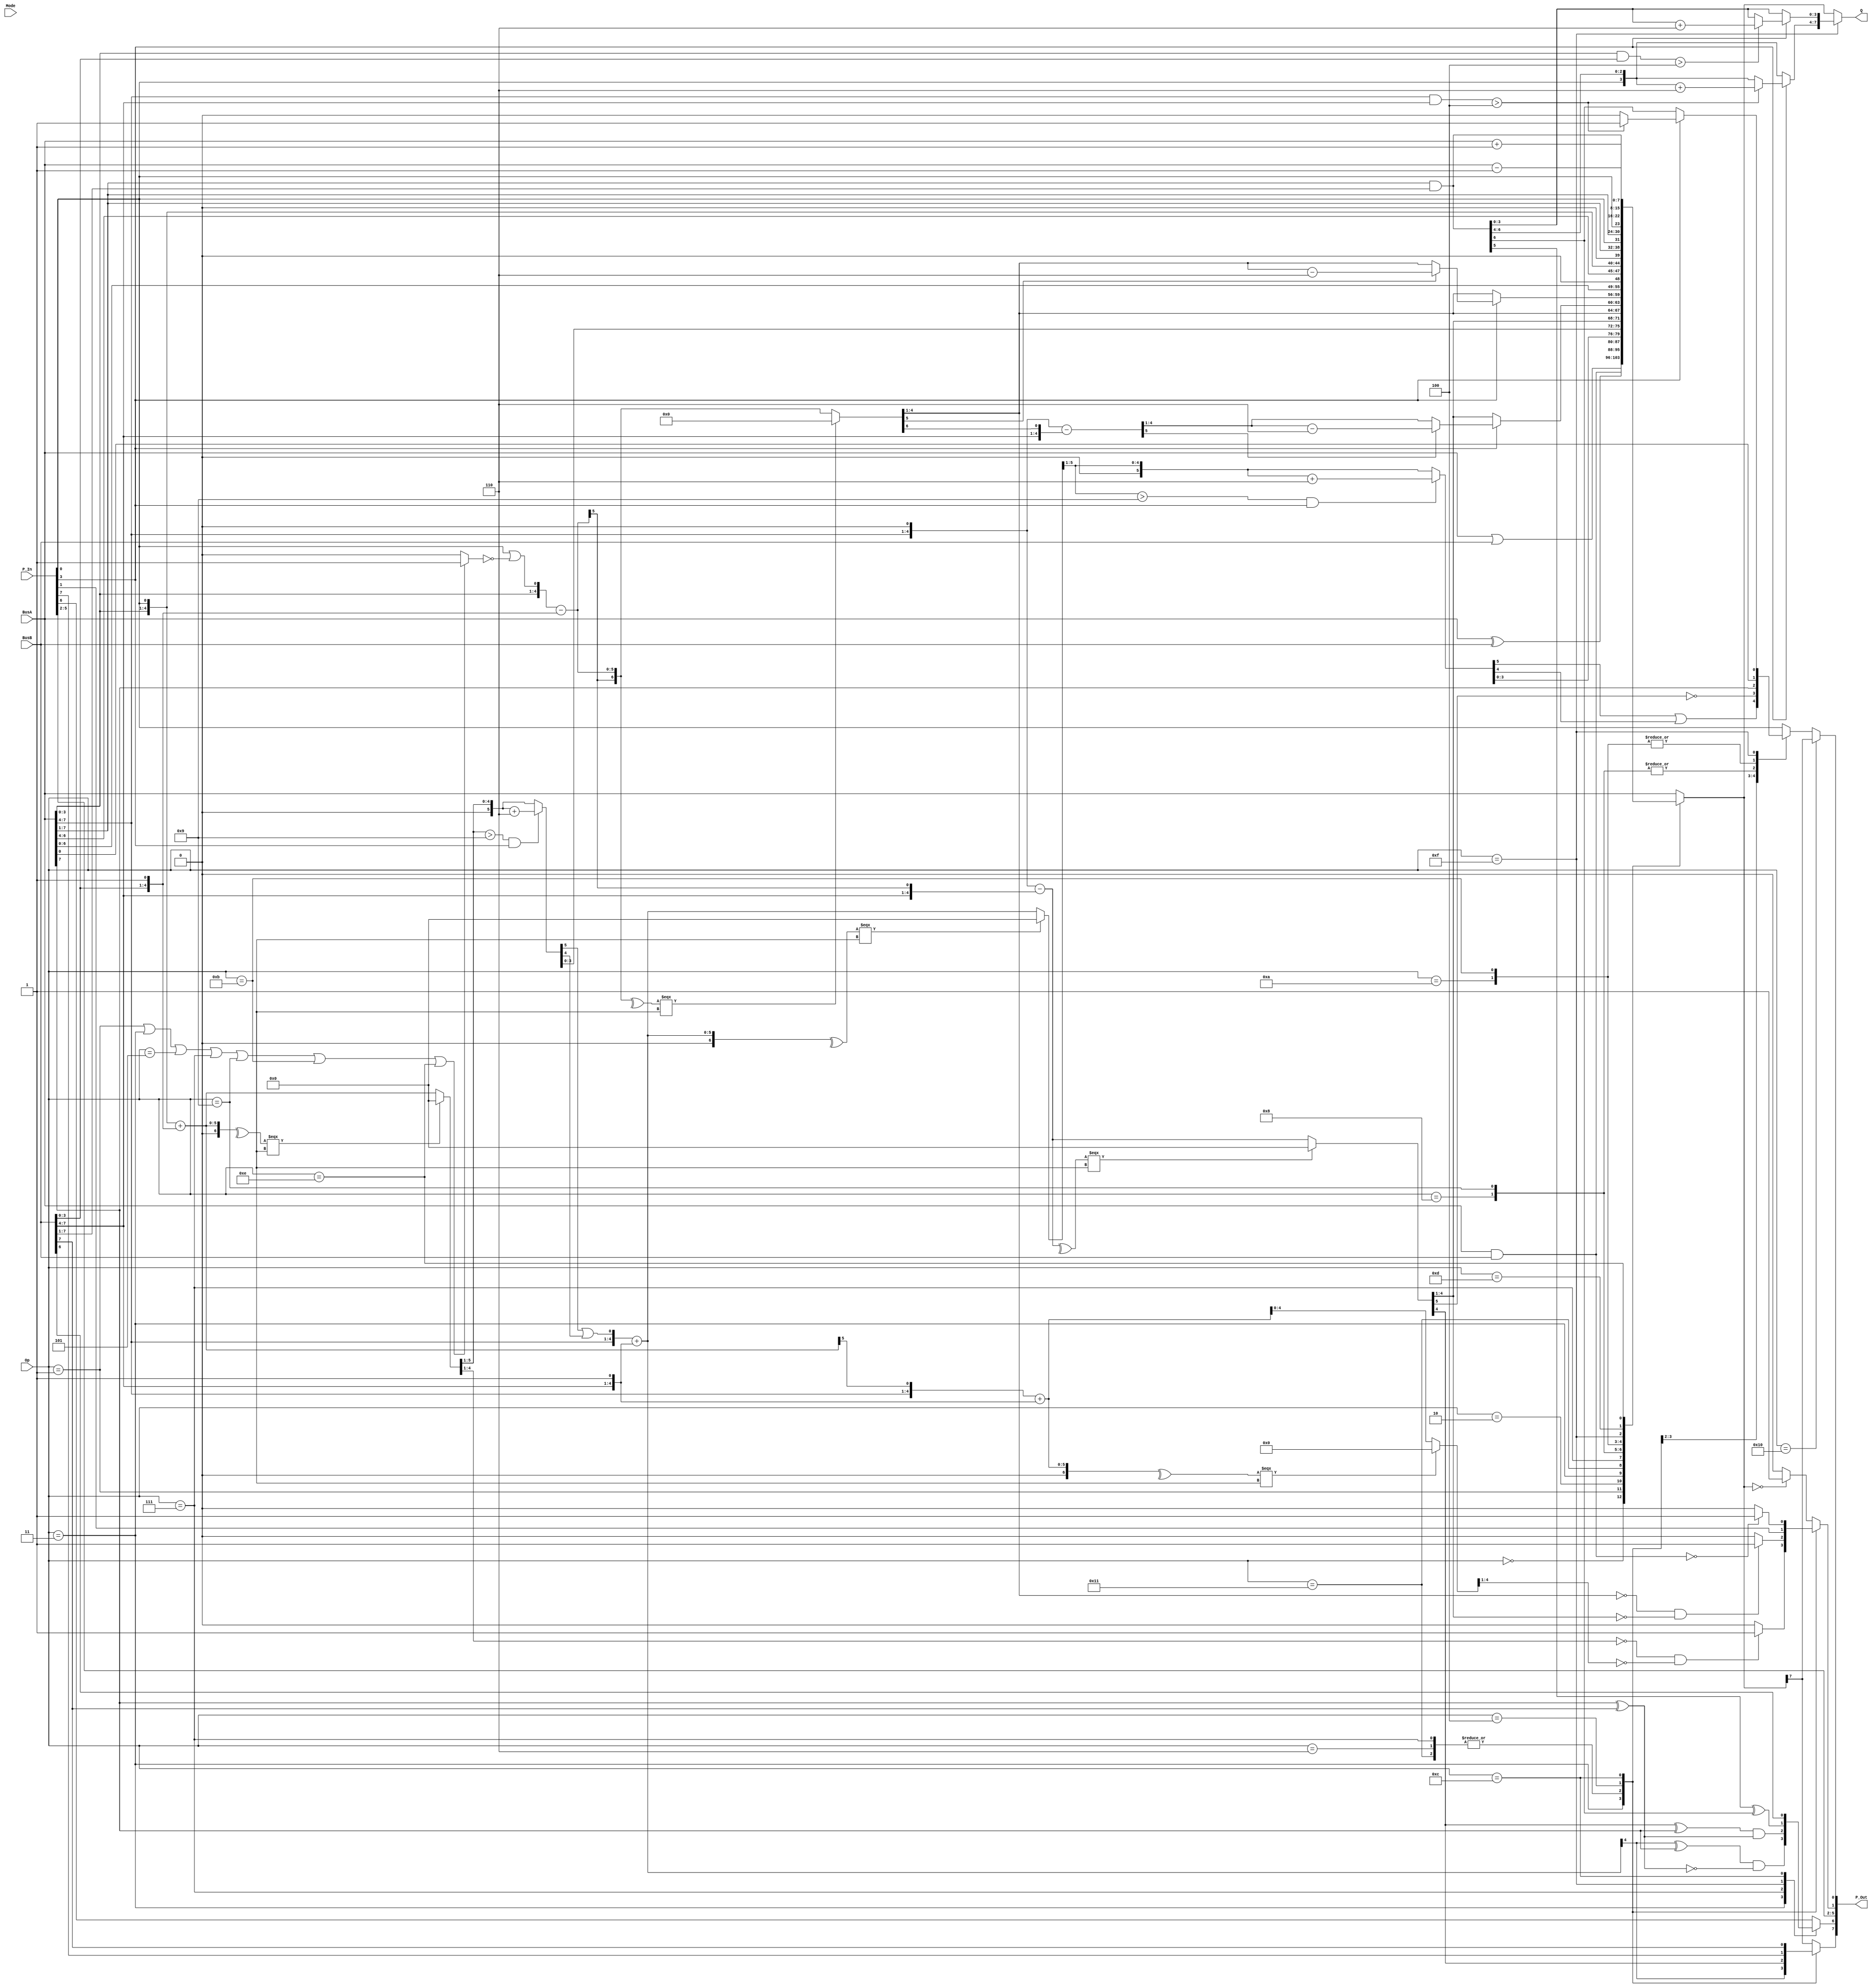
// ****
// T65(b) core. In an effort to merge and maintain bug fixes ....
//
// See list of changes in T65 top file (T65.vhd)...
//
// ****
// 65xx compatible microprocessor core
//
// FPGAARCADE SVN: $Id: T65_ALU.vhd 1234 2015-02-28 20:14:50Z wolfgang.scherr $
//
// Copyright (c) 2002...2015
//               Daniel Wallner (jesus <at> opencores <dot> org)
//               Mike Johnson   (mikej <at> fpgaarcade <dot> com)
//               Wolfgang Scherr (WoS <at> pin4 <dot> at>
//               Morten Leikvoll ()
//
// All rights reserved
//
// Redistribution and use in source and synthezised forms, with or without
// modification, are permitted provided that the following conditions are met:
//
// Redistributions of source code must retain the above copyright notice,
// this list of conditions and the following disclaimer.
//
// Redistributions in synthesized form must reproduce the above copyright
// notice, this list of conditions and the following disclaimer in the
// documentation and/or other materials provided with the distribution.
//
// Neither the name of the author nor the names of other contributors may
// be used to endorse or promote products derived from this software without
// specific prior written permission.
//
// THIS SOFTWARE IS PROVIDED BY THE COPYRIGHT HOLDERS AND CONTRIBUTORS "AS IS"
// AND ANY EXPRESS OR IMPLIED WARRANTIES, INCLUDING, BUT NOT LIMITED TO,
// THE IMPLIED WARRANTIES OF MERCHANTABILITY AND FITNESS FOR A PARTICULAR
// PURPOSE ARE DISCLAIMED. IN NO EVENT SHALL THE AUTHOR OR CONTRIBUTORS BE
// LIABLE FOR ANY DIRECT, INDIRECT, INCIDENTAL, SPECIAL, EXEMPLARY, OR
// CONSEQUENTIAL DAMAGES (INCLUDING, BUT NOT LIMITED TO, PROCUREMENT OF
// SUBSTITUTE GOODS OR SERVICES; LOSS OF USE, DATA, OR PROFITS; OR BUSINESS
// INTERRUPTION) HOWEVER CAUSED AND ON ANY THEORY OF LIABILITY, WHETHER IN
// CONTRACT, STRICT LIABILITY, OR TORT (INCLUDING NEGLIGENCE OR OTHERWISE)
// ARISING IN ANY WAY OUT OF THE USE OF THIS SOFTWARE, EVEN IF ADVISED OF THE
// POSSIBILITY OF SUCH DAMAGE.
//
// Please report bugs to the author(s), but before you do so, please
// make sure that this is not a derivative work and that
// you have the latest version of this file.
//
// Limitations :
//   See in T65 top file (T65.vhd)...

module T65_ALU(
    Mode,
    Op,
    BusA,
    BusB,
    P_In,
    P_Out,
    Q
);
    // begin code from package t65_pack
    
    
    
    
    parameter        Flag_C = 0;
    parameter        Flag_Z = 1;
    parameter        Flag_I = 2;
    parameter        Flag_D = 3;
    parameter        Flag_B = 4;
    parameter        Flag_1 = 5;
    parameter        Flag_V = 6;
    parameter        Flag_N = 7;
    
    parameter [2:0]  Cycle_sync = 3'b000;
    parameter [2:0]  Cycle_1 = 3'b001;
    parameter [2:0]  Cycle_2 = 3'b010;
    parameter [2:0]  Cycle_3 = 3'b011;
    parameter [2:0]  Cycle_4 = 3'b100;
    parameter [2:0]  Cycle_5 = 3'b101;
    parameter [2:0]  Cycle_6 = 3'b110;
    parameter [2:0]  Cycle_7 = 3'b111;
    
    parameter [3:0]  T_Set_BusA_To_Set_BusA_To_DI = 0,
                     T_Set_BusA_To_Set_BusA_To_ABC = 1,
                     T_Set_BusA_To_Set_BusA_To_X = 2,
                     T_Set_BusA_To_Set_BusA_To_Y = 3,
                     T_Set_BusA_To_Set_BusA_To_S = 4,
                     T_Set_BusA_To_Set_BusA_To_P = 5,
                     T_Set_BusA_To_Set_BusA_To_DA = 6,
                     T_Set_BusA_To_Set_BusA_To_DAO = 7,
                     T_Set_BusA_To_Set_BusA_To_DAX = 8,
                     T_Set_BusA_To_Set_BusA_To_AAX = 9,
                     T_Set_BusA_To_Set_BusA_To_DONTCARE = 10;
    
    parameter [1:0]  T_Set_Addr_To_Set_Addr_To_PBR = 0,
                     T_Set_Addr_To_Set_Addr_To_SP = 1,
                     T_Set_Addr_To_Set_Addr_To_ZPG = 2,
                     T_Set_Addr_To_Set_Addr_To_BA = 3;
    
    parameter [3:0]  T_Write_Data_Write_Data_DL = 0,
                     T_Write_Data_Write_Data_ABC = 1,
                     T_Write_Data_Write_Data_X = 2,
                     T_Write_Data_Write_Data_Y = 3,
                     T_Write_Data_Write_Data_S = 4,
                     T_Write_Data_Write_Data_P = 5,
                     T_Write_Data_Write_Data_PCL = 6,
                     T_Write_Data_Write_Data_PCH = 7,
                     T_Write_Data_Write_Data_AX = 8,
                     T_Write_Data_Write_Data_AXB = 9,
                     T_Write_Data_Write_Data_XB = 10,
                     T_Write_Data_Write_Data_YB = 11,
                     T_Write_Data_Write_Data_DONTCARE = 12;
    
    parameter [4:0]  T_ALU_OP_ALU_OP_OR = 0,
                     T_ALU_OP_ALU_OP_AND = 1,
                     T_ALU_OP_ALU_OP_EOR = 2,
                     T_ALU_OP_ALU_OP_ADC = 3,
                     T_ALU_OP_ALU_OP_EQ1 = 4,
                     T_ALU_OP_ALU_OP_EQ2 = 5,
                     T_ALU_OP_ALU_OP_CMP = 6,
                     T_ALU_OP_ALU_OP_SBC = 7,
                     T_ALU_OP_ALU_OP_ASL = 8,
                     T_ALU_OP_ALU_OP_ROL = 9,
                     T_ALU_OP_ALU_OP_LSR = 10,
                     T_ALU_OP_ALU_OP_ROR = 11,
                     T_ALU_OP_ALU_OP_BIT = 12,
                     T_ALU_OP_ALU_OP_DEC = 13,
                     T_ALU_OP_ALU_OP_INC = 14,
                     T_ALU_OP_ALU_OP_ARR = 15,
                     T_ALU_OP_ALU_OP_ANC = 16,
                     T_ALU_OP_ALU_OP_SAX = 17,
                     T_ALU_OP_ALU_OP_XAA = 18;
    
    
    function [2:0] CycleNext;
       input [2:0]      c;
    begin
       case (c)
          Cycle_sync :
             CycleNext = Cycle_1;
          Cycle_1 :
             CycleNext = Cycle_2;
          Cycle_2 :
             CycleNext = Cycle_3;
          Cycle_3 :
             CycleNext = Cycle_4;
          Cycle_4 :
             CycleNext = Cycle_5;
          Cycle_5 :
             CycleNext = Cycle_6;
          Cycle_6 :
             CycleNext = Cycle_7;
          Cycle_7 :
             CycleNext = Cycle_sync;
          default :
             CycleNext = Cycle_sync;
       endcase
    end
    endfunction
    
    // end code from package t65_pack
    input [1:0]      Mode;		// "00" => 6502, "01" => 65C02, "10" => 65816
    input [4:0]      Op;
    input [7:0]      BusA;
    input [7:0]      BusB;
    input [7:0]      P_In;
    output reg [7:0] P_Out;
    output reg [7:0] Q;
    
    
    // AddSub variables (temporary signals)
    reg              ADC_Z;
    reg              ADC_C;
    reg              ADC_V;
    reg              ADC_N;
    reg [7:0]        ADC_Q;
    reg              SBC_Z;
    reg              SBC_C;
    reg              SBC_V;
    reg              SBC_N;
    reg [7:0]        SBC_Q;
    reg [7:0]        SBX_Q;
    
    
    always @(*)
    begin: xhdl0
        reg [6:0]        AL;
        reg [6:0]        AH;
        reg              C;
        AL = {BusA[3:0], P_In[Flag_C]} + {BusB[3:0], 1'b1};
        AH = {BusA[7:4], AL[5]} + {BusB[7:4], 1'b1};
        
        // pragma translate_off
        //if (is_x(AL))
	if (^AL === 1'bx)
            AL = 7'b0000000;
	if (^AH === 1'bx)
        //if (is_x(AH))
            AH = 7'b0000000;
        // pragma translate_on
        
        if (AL[4:1] == 0 & AH[4:1] == 0)
            ADC_Z = 1'b1;
        else
            ADC_Z = 1'b0;
        
        if (AL[5:1] > 9 & P_In[Flag_D] == 1'b1)
            AL[6:1] = AL[6:1] + 6;
        
        C = AL[6] | AL[5];
        AH = {BusA[7:4], C} + {BusB[7:4], 1'b1};
        
        ADC_N = AH[4];
        ADC_V = (AH[4] ^ BusA[7]) & (~(BusA[7] ^ BusB[7]));
        
        // pragma translate_off
        //if (is_x(AH))
	if (^AH === 1'bx)
            AH = 7'b0000000;
        // pragma translate_on
        
        if (AH[5:1] > 9 & P_In[Flag_D] == 1'b1)
            AH[6:1] = AH[6:1] + 6;
        
        ADC_C = AH[6] | AH[5];
        
        ADC_Q = ({AH[4:1], AL[4:1]});
    end
    
    
    always @(*)
    begin: xhdl1
        reg [6:0]        AL;
        reg [5:0]        AH;
        reg              C;
        reg              CT;
        CT = 1'b0;
        //"0001" These OpCodes used to have LSB set
        //"0011"
        //"0101"
        //"0111"
        //"1001"
        //"1011"
        //         Op=ALU_OP_EQ3 or	--"1101"
        if (Op == T_ALU_OP_ALU_OP_AND | Op == T_ALU_OP_ALU_OP_ADC | Op == T_ALU_OP_ALU_OP_EQ2 | Op == T_ALU_OP_ALU_OP_SBC | Op == T_ALU_OP_ALU_OP_ROL | Op == T_ALU_OP_ALU_OP_ROR | Op == T_ALU_OP_ALU_OP_INC)		//"1111"
            CT = 1'b1;
        
        C = P_In[Flag_C] | (~CT);		//was: or not Op(0);
        AL = {BusA[3:0], C} - {BusB[3:0], 1'b1};
        AH = {BusA[7:4], 1'b0} - {BusB[7:4], AL[5]};
        
        // pragma translate_off
	if (^AL === 1'bx)
        //if (is_x(AL))
            AL = 7'b0000000;
	if (^AH === 1'bx)
        //if (is_x(AH))
            AH = 6'b000000;
        // pragma translate_on
        
        if (AL[4:1] == 0 & AH[4:1] == 0)
            SBC_Z = 1'b1;
        else
            SBC_Z = 1'b0;
        
        SBC_C = (~AH[5]);
        SBC_V = (AH[4] ^ BusA[7]) & (BusA[7] ^ BusB[7]);
        SBC_N = AH[4];
        
        SBX_Q = ({AH[4:1], AL[4:1]});
        
        if (P_In[Flag_D] == 1'b1)
        begin
            if (AL[5] == 1'b1)
                AL[5:1] = AL[5:1] - 6;
            AH = {BusA[7:4], 1'b0} - {BusB[7:4], AL[6]};
            if (AH[5] == 1'b1)
                AH[5:1] = AH[5:1] - 6;
        end
        
        SBC_Q = ({AH[4:1], AL[4:1]});
    end
    
    
    always @(*)
    begin: xhdl2
        reg [7:0]        Q_t;
        reg [7:0]        Q2_t;
        // ORA, AND, EOR, ADC, NOP, LD, CMP, SBC
        // ASL, ROL, LSR, ROR, BIT, LD, DEC, INC
        P_Out = P_In;
        Q_t = BusA;
        Q2_t = BusA;
        case (Op)
            T_ALU_OP_ALU_OP_OR :
                Q_t = BusA | BusB;
            T_ALU_OP_ALU_OP_AND :
                Q_t = BusA & BusB;
            T_ALU_OP_ALU_OP_EOR :
                Q_t = BusA ^ BusB;
            T_ALU_OP_ALU_OP_ADC :
                begin
                    P_Out[Flag_V] = ADC_V;
                    P_Out[Flag_C] = ADC_C;
                    Q_t = ADC_Q;
                end
            T_ALU_OP_ALU_OP_CMP :
                P_Out[Flag_C] = SBC_C;
            T_ALU_OP_ALU_OP_SAX :
                begin
                    P_Out[Flag_C] = SBC_C;
                    Q_t = SBX_Q;		// undoc: subtract (A & X) - (immediate)
                end
            T_ALU_OP_ALU_OP_SBC :
                begin
                    P_Out[Flag_V] = SBC_V;
                    P_Out[Flag_C] = SBC_C;
                    Q_t = SBC_Q;		// undoc: subtract  (A & X) - (immediate), then decimal correction
                end
            T_ALU_OP_ALU_OP_ASL :
                begin
                    Q_t = {BusA[6:0], 1'b0};
                    P_Out[Flag_C] = BusA[7];
                end
            T_ALU_OP_ALU_OP_ROL :
                begin
                    Q_t = {BusA[6:0], P_In[Flag_C]};
                    P_Out[Flag_C] = BusA[7];
                end
            T_ALU_OP_ALU_OP_LSR :
                begin
                    Q_t = {1'b0, BusA[7:1]};
                    P_Out[Flag_C] = BusA[0];
                end
            T_ALU_OP_ALU_OP_ROR :
                begin
                    Q_t = {P_In[Flag_C], BusA[7:1]};
                    P_Out[Flag_C] = BusA[0];
                end
            T_ALU_OP_ALU_OP_ARR :
                begin
                    Q_t = {P_In[Flag_C], (BusA[7:1] & BusB[7:1])};
                    P_Out[Flag_V] = Q_t[5] ^ Q_t[6];
                    Q2_t = Q_t;
                    if (P_In[Flag_D] == 1'b1)
                    begin
                        if ((BusA[3:0] & BusB[3:0]) > 4'b0100)
                            Q2_t[3:0] = ((Q_t[3:0]) + 4'h6);
                        if ((BusA[7:4] & BusB[7:4]) > 4'b0100)
                        begin
                            Q2_t[7:4] = ((Q_t[7:4]) + 4'h6);
                            P_Out[Flag_C] = 1'b1;
                        end
                        else
                            P_Out[Flag_C] = 1'b0;
                    end
                    else
                        P_Out[Flag_C] = Q_t[6];
                end
            T_ALU_OP_ALU_OP_BIT :
                P_Out[Flag_V] = BusB[6];
            T_ALU_OP_ALU_OP_DEC :
                Q_t = (BusA - 1);
            T_ALU_OP_ALU_OP_INC :
                Q_t = (BusA + 1);
            default :
                ;
        endcase
        //EQ1,EQ2,EQ3 passes BusA to Q_t and P_in to P_out
        
        case (Op)
            T_ALU_OP_ALU_OP_ADC :
                begin
                    P_Out[Flag_N] = ADC_N;
                    P_Out[Flag_Z] = ADC_Z;
                end
            T_ALU_OP_ALU_OP_CMP, T_ALU_OP_ALU_OP_SBC, T_ALU_OP_ALU_OP_SAX :
                begin
                    P_Out[Flag_N] = SBC_N;
                    P_Out[Flag_Z] = SBC_Z;
                end
            T_ALU_OP_ALU_OP_EQ1 :		//dont touch P
                ;
            T_ALU_OP_ALU_OP_BIT :
                begin
                    P_Out[Flag_N] = BusB[7];
                    if ((BusA & BusB) == 8'b00000000)
                        P_Out[Flag_Z] = 1'b1;
                    else
                        P_Out[Flag_Z] = 1'b0;
                end
            T_ALU_OP_ALU_OP_ANC :
                begin
                    P_Out[Flag_N] = Q_t[7];
                    P_Out[Flag_C] = Q_t[7];
                    if (Q_t == 8'b00000000)
                        P_Out[Flag_Z] = 1'b1;
                    else
                        P_Out[Flag_Z] = 1'b0;
                end
            default :
                begin
                    P_Out[Flag_N] = Q_t[7];
                    if (Q_t == 8'b00000000)
                        P_Out[Flag_Z] = 1'b1;
                    else
                        P_Out[Flag_Z] = 1'b0;
                end
        endcase
        
        if (Op == T_ALU_OP_ALU_OP_ARR)
            // handled above in ARR code
            Q = Q2_t;
        else
            Q = Q_t;
    end
    
endmodule
`undef T65_Pack